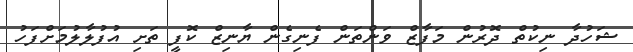
ޝަހުދާ ނިކުތް ދޮރުން މަފާޒް ވަންތަން ފެނިގެން ޔާނިޒް ކޮފީ ތަށި އުފުލާލުމަށްފަހު